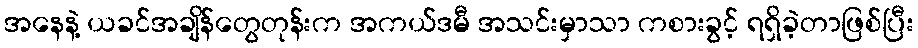
အနေနဲ့ ယခင်အချိန်တွေတုန်းက အကယ်ဒမီ အသင်းမှာသာ ကစားခွင့် ရရှိခဲ့တာဖြစ်ပြီး